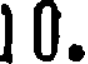
0.